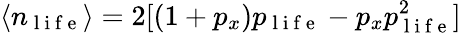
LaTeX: \langle n_{\mathrm{~l~i~f~e~}}\rangle=2[(1+p_{x})p_{\mathrm{~l~i~f~e~}}-p_{x}p_{\mathrm{~l~i~f~e~}}^{2}]